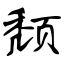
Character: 颓